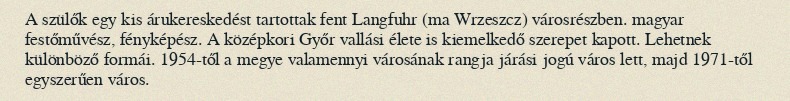
A szülők egy kis árukereskedést tartottak fent Langfuhr (ma Wrzeszcz) városrészben. magyar festőművész, fényképész. A középkori Győr vallási élete is kiemelkedő szerepet kapott. Lehetnek különböző formái. 1954-től a megye valamennyi városának rangja járási jogú város lett, majd 1971-től egyszerűen város.